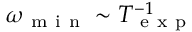
\omega _ { \mathrm { ~ m ~ i ~ n ~ } } \sim T _ { \mathrm { ~ e ~ x ~ p ~ } } ^ { - 1 }